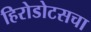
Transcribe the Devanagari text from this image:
हिरोडोटसचा